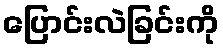
ပြောင်းလဲခြင်းကို